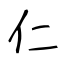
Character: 仁